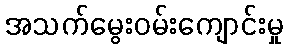
အသက်မွေးဝမ်းကျောင်းမှု